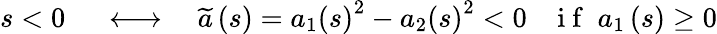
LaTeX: \begin{array}{rlr}{s<0\; }&{{}\longleftrightarrow}&{\; \widetilde{a}\left(s\right)=a_{1}\left(s\right)^{2}-a_{2}\left(s\right)^{2}<0\; \; \; \mathrm{~i~f~}\; a_{1}\left(s\right)\ge 0}\end{array}